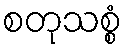
စတုသစ္စံ